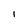
Character: l